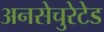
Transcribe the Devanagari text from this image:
अनसेचुरेटेड